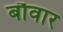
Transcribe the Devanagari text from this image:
बौवार